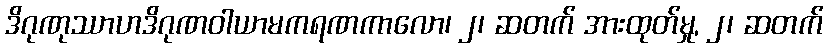
ဒိဂုဏုဿာဟဒိဂုဏဝါယာမကရဏကာလော၊ ၂၊ ဆတက် အားထုတ်မှု, ၂၊ ဆတက်